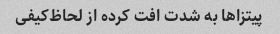
پیتزا‌ها به شدت افت کرده از لحاظ‌کیفی